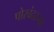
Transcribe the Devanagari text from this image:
पोरबंदरच्या